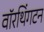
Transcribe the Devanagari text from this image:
वॉरथिंगटन